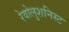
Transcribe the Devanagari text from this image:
रेवोलुशनिस्ट